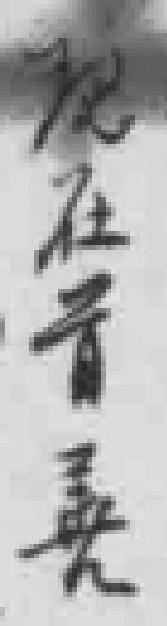
现在首善